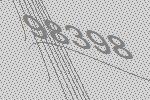
98398